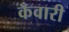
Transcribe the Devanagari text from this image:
कँवारी